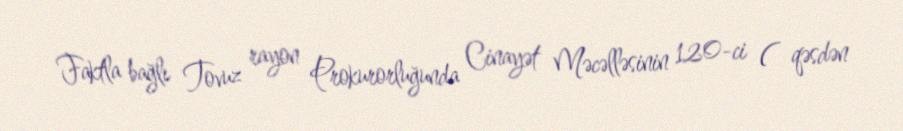
Faktla bağlı Tovuz rayon Prokurorluğunda Cinayət Məcəlləsinin 120-ci ( qəsdən